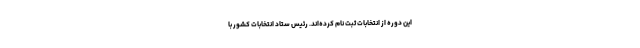
این دوره از انتخابات ثبت نام کرده‌اند. رئیس ستاد انتخابات کشور با